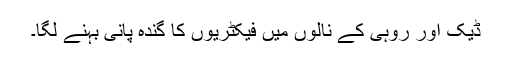
ڈیک اور روہی کے نالوں میں فیکٹریوں کا گندہ پانی بہنے لگا۔